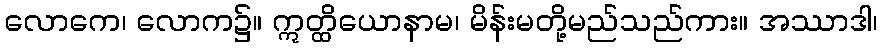
လောကေ၊ လောက၌။ ဣတ္ထိယောနာမ၊ မိန်းမတို့မည်သည်ကား။ အဿာဒါ၊